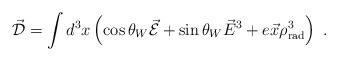
LaTeX: \begin{align*}\vec{\cal D} = \int d^3x \left( \cos \theta_W \vec{\cal E} + \sin \theta_W\vec{E}^3 + e \vec{x} \rho^3_{\rm rad} \right) \ .\end{align*}